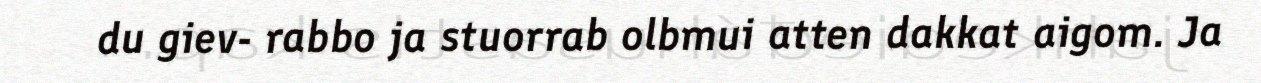
du giev- rabbo ja stuorrab olbmui atten dakkat aigom. Ja